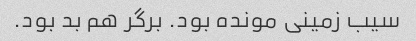
سیب زمینی مونده بود. برگر هم بد بود.